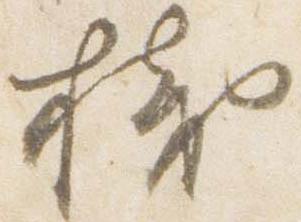
桟